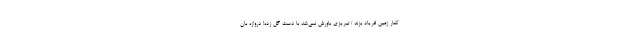
کنار زمین فریاد بزند / تبریزی باورش نمی‌شد با دست گل زده! دروازه بان